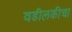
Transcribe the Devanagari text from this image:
वडीलकीचा